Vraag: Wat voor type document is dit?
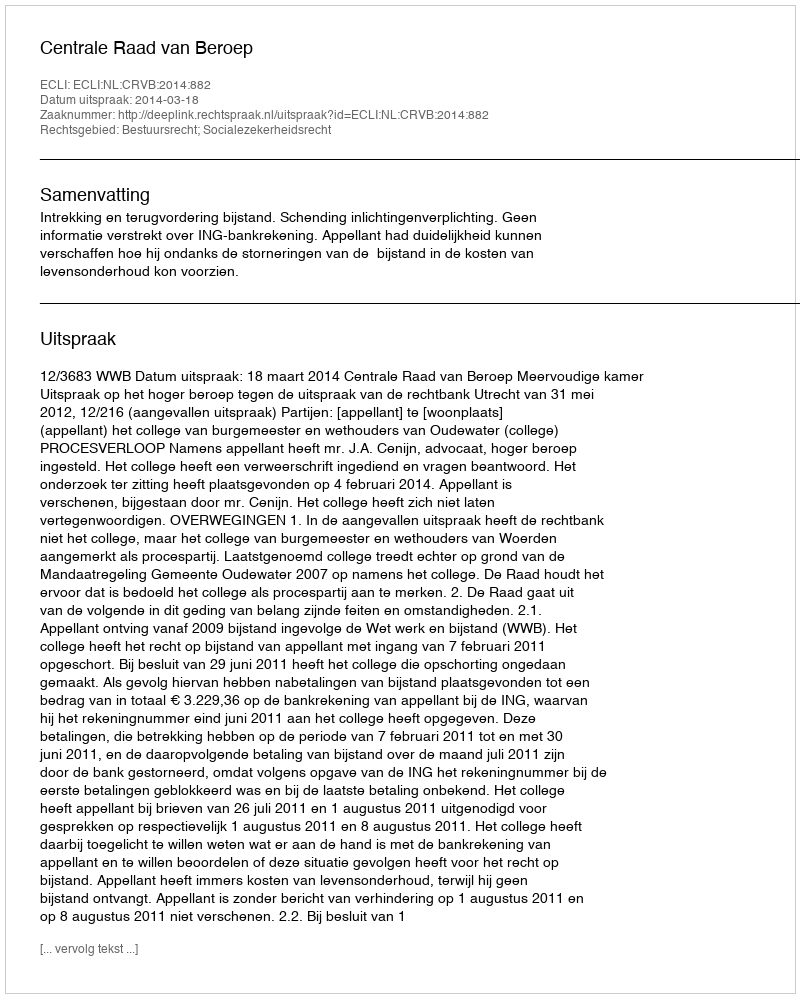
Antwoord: Uitspraak